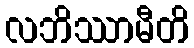
လဘိဿာမီတိ